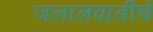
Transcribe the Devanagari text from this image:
जलालवाडीचे